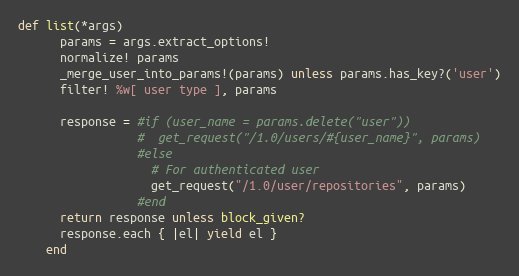
Language: Ruby
def list(*args)
      params = args.extract_options!
      normalize! params
      _merge_user_into_params!(params) unless params.has_key?('user')
      filter! %w[ user type ], params

      response = #if (user_name = params.delete("user"))
                 #  get_request("/1.0/users/#{user_name}", params)
                 #else
                   # For authenticated user
                   get_request("/1.0/user/repositories", params)
                 #end
      return response unless block_given?
      response.each { |el| yield el }
    end